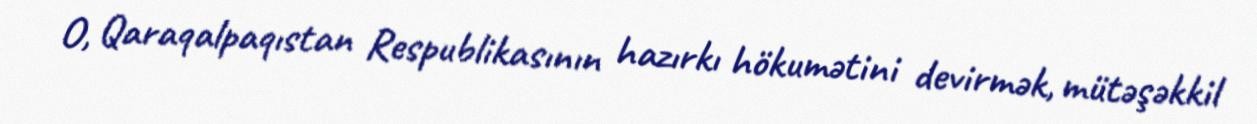
O, Qaraqalpaqıstan Respublikasının hazırkı hökumətini devirmək, mütəşəkkil